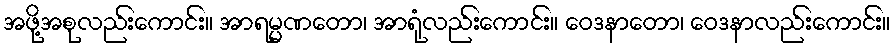
အဖို့အစုလည်းကောင်း။ အာရမ္မဏတော၊ အာရုံလည်းကောင်း။ ဝေဒနာတော၊ ဝေဒနာလည်းကောင်း။